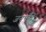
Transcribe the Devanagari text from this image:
जनभंत्रि